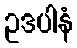
ဥဒပါနံ